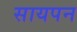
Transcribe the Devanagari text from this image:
सायपन